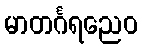
မာတင်္ဂရညေဝ